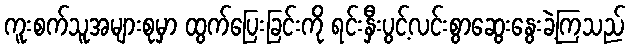
ကူးစက်သူအများစုမှာ ထွက်ပြေးခြင်းကို ရင်းနှီးပွင့်လင်းစွာဆွေးနွေးခဲ့ကြသည်